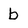
Character: b